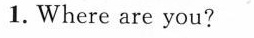
1. Where are you?